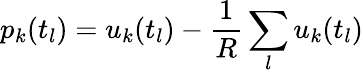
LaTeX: p_{k}(t_{l})=u_{k}(t_{l})-\frac{1}{R}\sum_{l}u_{k}(t_{l})